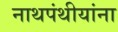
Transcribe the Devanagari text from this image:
नाथपंथीयांना